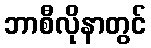
ဘာစီလိုနာတွင်